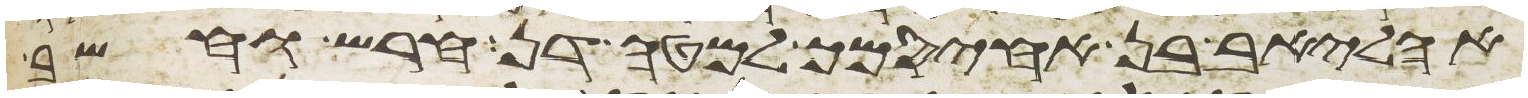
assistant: אהליאב בן אחיסמך למטה דן חרש וחשב